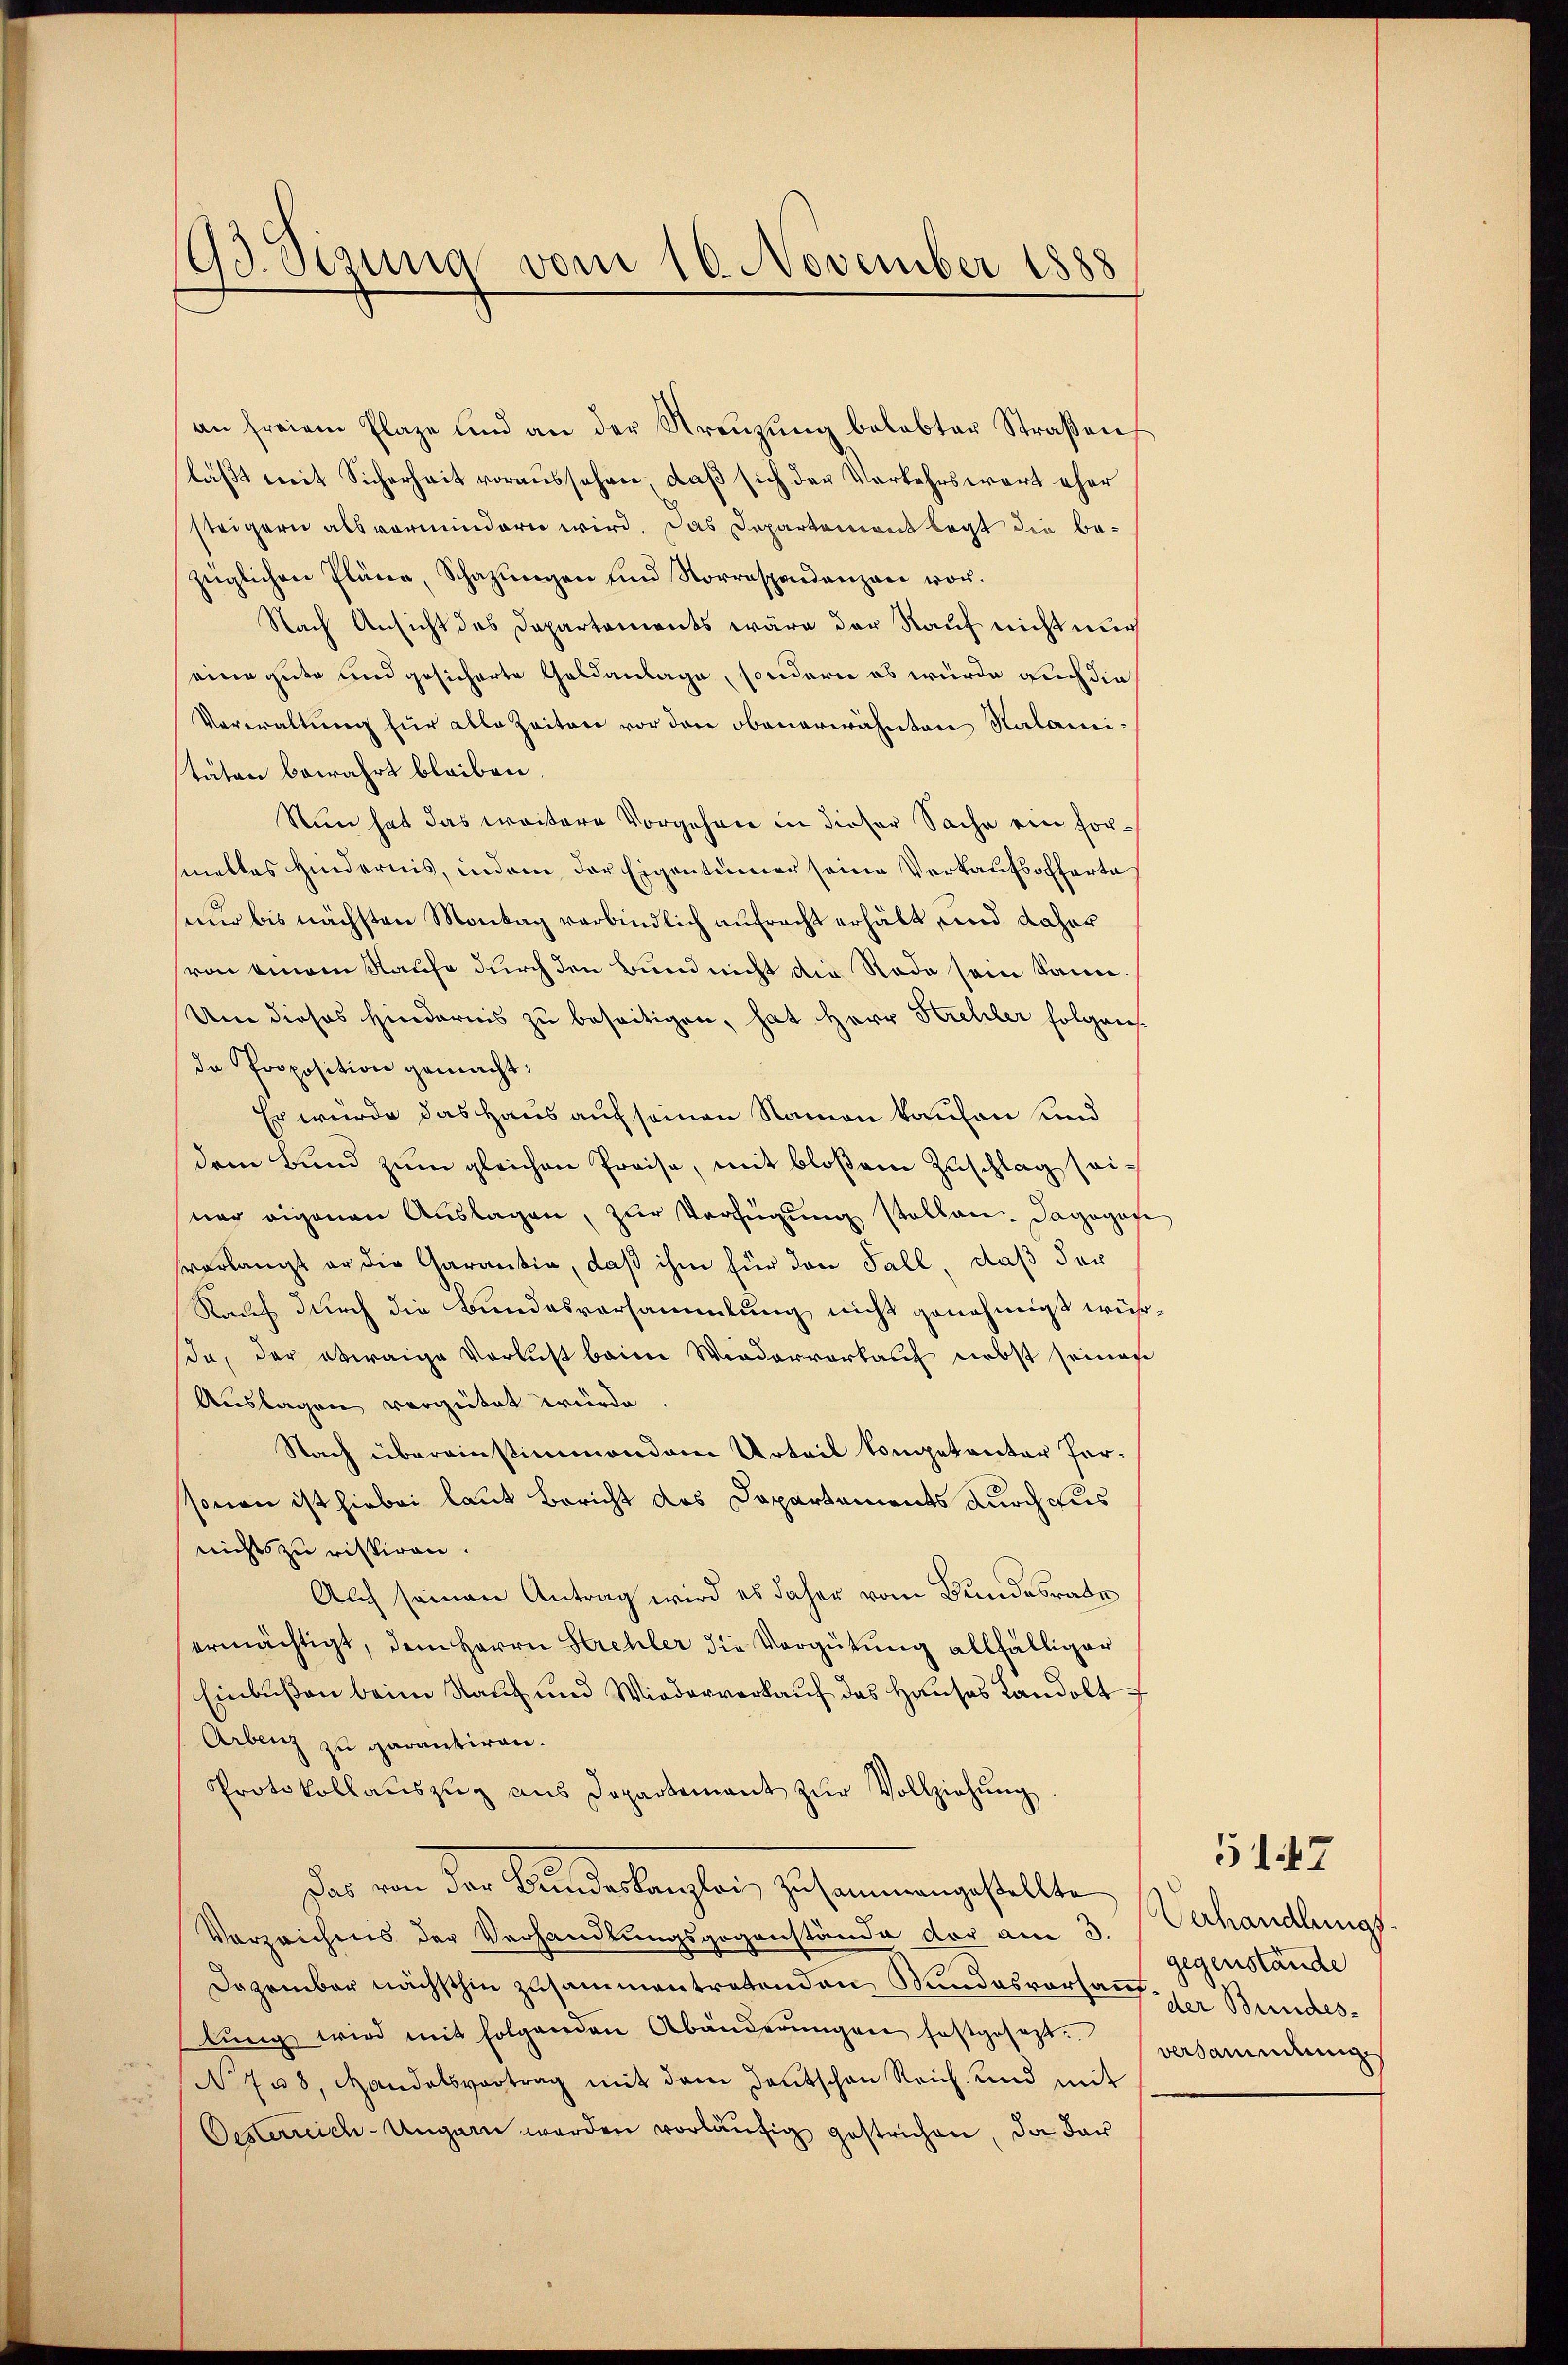
93. Sigung vom 16. November 1888

an freiem Plaze und an der Kreŭzŭng belebter Straßen
läßt mit Sicherheit voraussehen, daß sich der Vorkehrswort eher
steigern als vormindern wird. Das Departement legt die be-
züglichen Pläne, Schazungen und Korrespendenzen vor.
Nach Ansicht des Departements wäre der Kauf nicht nur
eine gute und gesicherte Geldanlage, sondern es würde auch die
Verwaltung für alle Zeiten vor den obenerwähnten Kalamitäten bewahrt bleiben
Nun hat das weitere Vorgehen in dieser Sache ein formalles Hindernis, indem der Eigentümer seine Verkaufsoffarte
nur bis nächsten Montag verbindlich aufracht erhält, und daher
von einem Kaufe durch den Bund nicht die Rede sein kann.
Um dieses Hindernis zu beseitigen, hat Herr Strehler folgen
de Proposition gemacht:
Er würde das Haus auf seinen Namen kaufen und
dem Bund zum gleichen Preise, mit bloßem Zuschlag seiner eigenen Auslagen, zur Verfügung stellen. Dagegese
sverlangt er die Garantia, daß ihm für den Fall, daß der
Rauf durch die Bundesversammlung nicht genehmigt wür
da, der etwaige Verlust beim Wiedervorkauf nebst seines
Auslagen vergütet würde
Nach übereinstimmendem Urteil kompetenter forsonen ist hiebei laut Bericht des Departements durchaus
nichts zu riskiren.
Auch seinen Antrag wird es daher vom Bundesrate
ermächtigt, dem Herrn Strehler die Vergütung allfälliger
Einbußen beim Kauf und Wiederverkauf das Hauses Landolt
Arbenz zu garantiren.
Protokollaŭszŭg aŭs Departement zŭr Vollziehŭng
dar von der Bunderlichen, sehenen gestellen,
Verzeichnis der Verhandlungsgegenstände der am 3.
Dezember nächsthin zusammentretenden Bundesverhauf die Bundeslŭng wird mit folgenden Abänderŭngen festgesezt.
N 708, Handelsvertrag mit dem Tantschen Reich und mit
Oesterreich-Ungarn werden vorläŭfig gestrichen, da dar

Verhandlungs
gegenstände
versamendung

5147